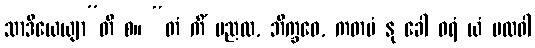
သာဒိယေယျာ”တိ စ။ “တံ ကိံ မညထ, ဘိက္ခဝေ, ကတမံ နု ခေါ ဝရံ ယံ ဗလဝါ